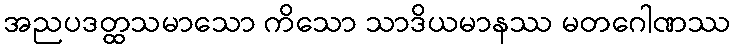
အညပဒတ္ထသမာသော ကိသော သာဒိယမာနဿ မတဂေါဏဿ